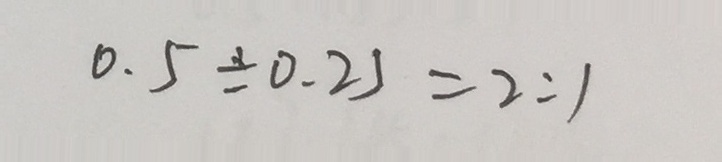
0 . 5 \div 0 . 2 5 = 2 : 1